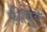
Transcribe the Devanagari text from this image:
फ़ीबुल